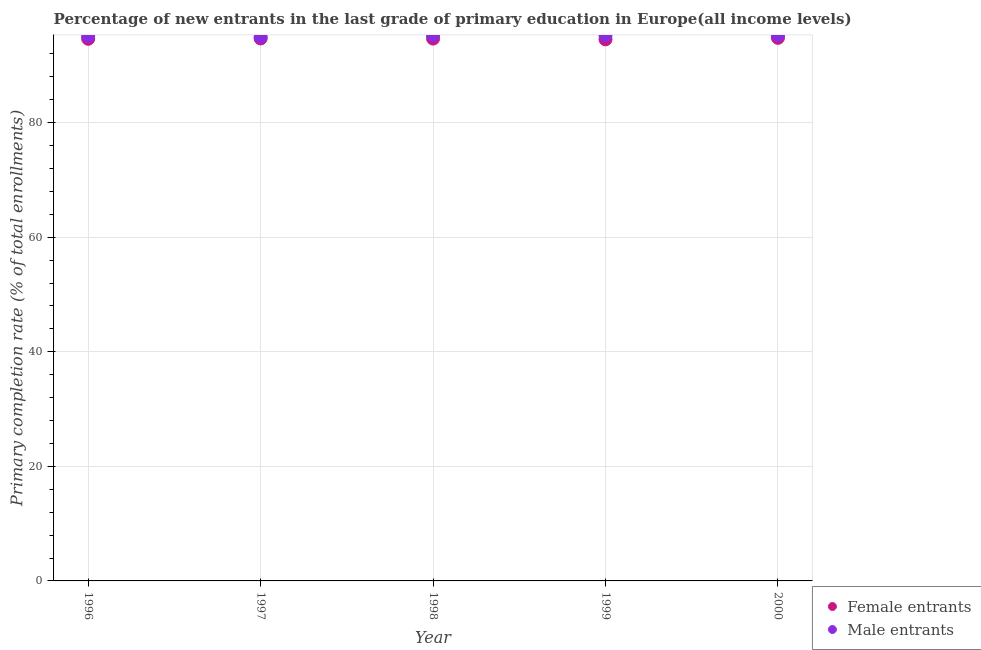
| Year | Female entrants | Male entrants |
 | --- | --- | --- |
 | 1996 | 94.6 | 95.1 |
 | 1997 | 94.7 | 95 |
 | 1998 | 94.7 | 95.3 |
 | 1999 | 94.5 | 95.3 |
 | 2000 | 94.8 | 95.3 |